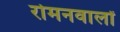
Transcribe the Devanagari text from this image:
रोमनवालों